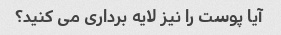
آیا پوست را نیز لایه برداری می کنید؟